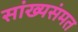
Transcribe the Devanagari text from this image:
सांख्यसंमत